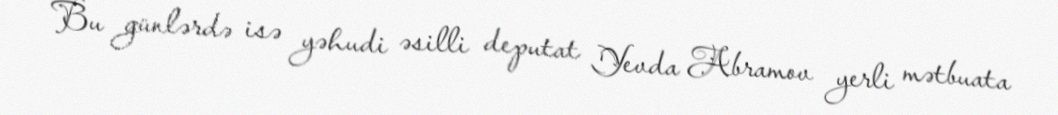
Bu günlərdə isə yəhudi əsilli deputat Yevda Abramov yerli mətbuata